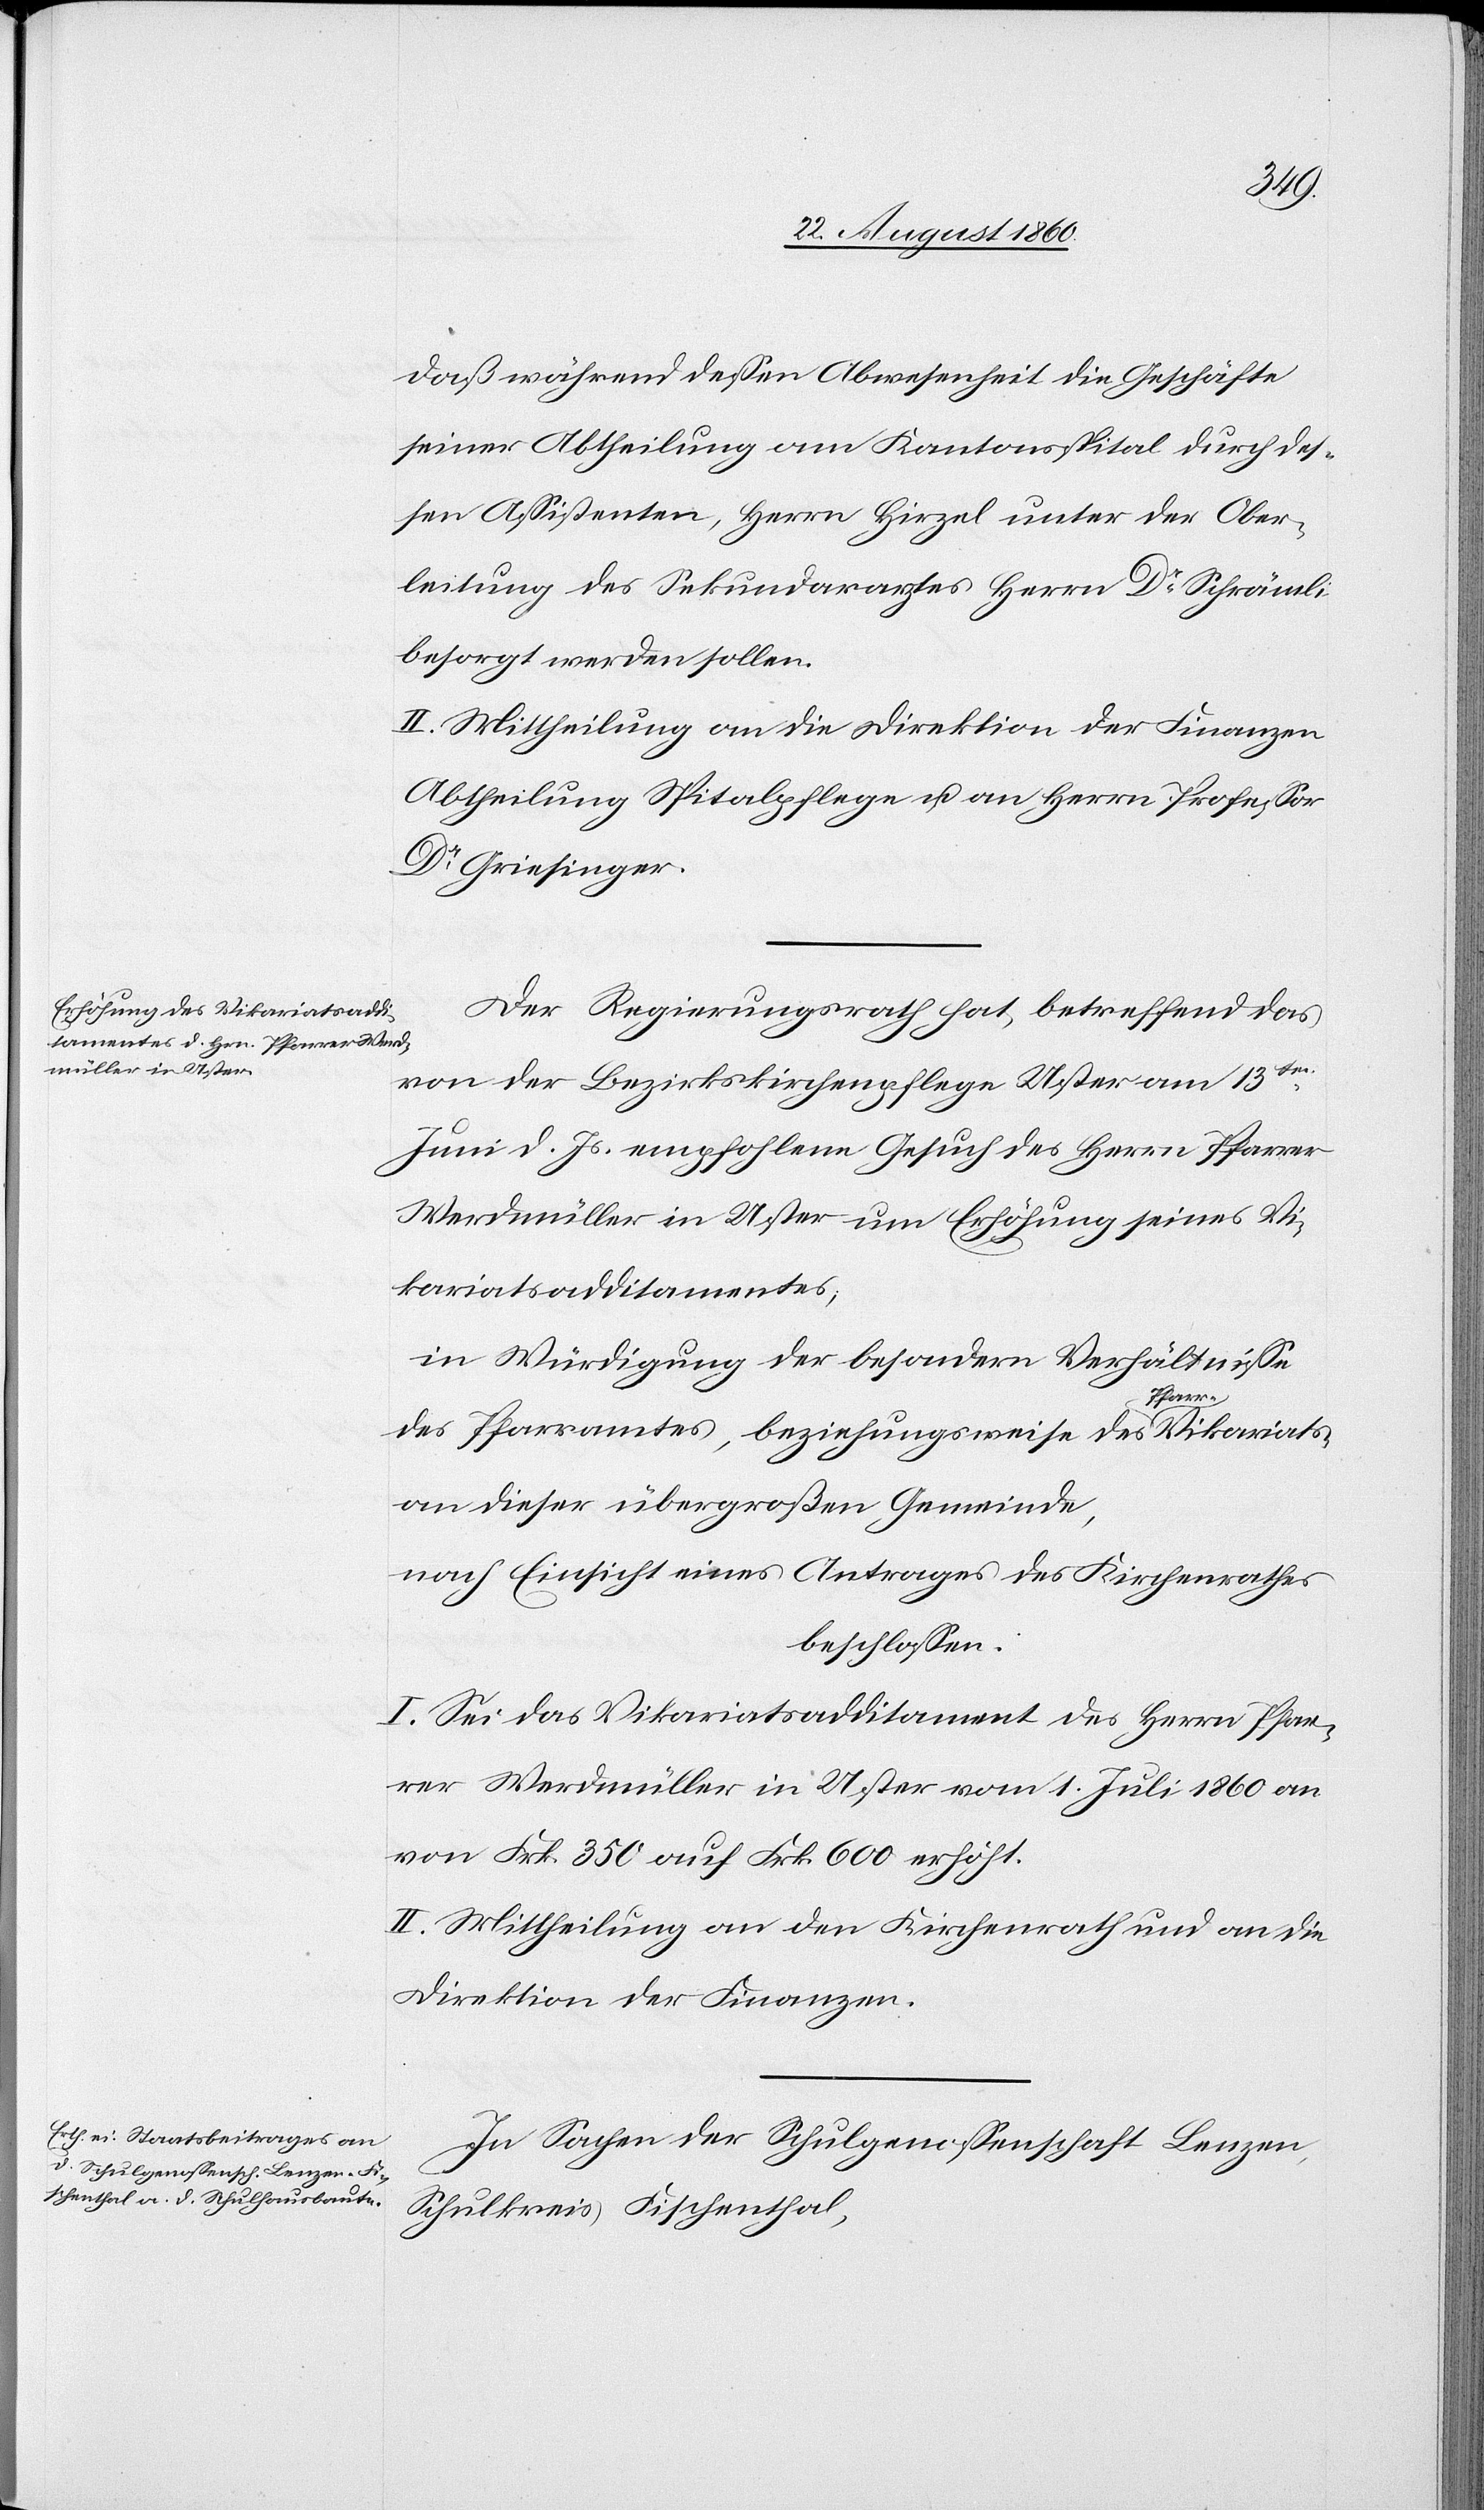
dass während dessen Abwesenheit die Geschäfte
seiner Abtheilung am Kantonsspital durch des¬
sen Assistenten, Herrn Hirzel unter der Ober¬
leitung des Sekundararztes Herrn Dr. Schrämli
besorgt werden sollen.
II. Mittheilung an die Direktion der Finanzen,
Abtheilung Spitalpflege und an Professor
Dr. Griesinger.
Der Regierungsrath hat betreffend das
von der Bezirkskirchenpflege Uster am 13t
Juni d. Js. empfohlene Gesuch des Herrn Pfarrer
Werdmüller in Uster um Erhöhung seines Vi¬
kariatsadditamentes,
in Würdigung der besondern Verhältnisse
des Pfarramtes, beziehungsweise des Pfarrvikariates
an dieser übergrossen Gemeinde,
nach Einsicht eines Antrages des Kirchenrathes
beschlossen:
I. Sei das Vikariatsadditament des Herrn Pfar¬
rer Werdmüller in Uster vom 1 Juli 1860 an
von Frk. 350 auf Frk. 600 erhöht.
II. Mittheilung an den Kirchenrath und an die
Direktion der Finanzen.
In Sachen der Schulgenossenschaft Lenzen,
Schulkreis Fischenthal